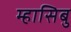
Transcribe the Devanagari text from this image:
म्हासिबु